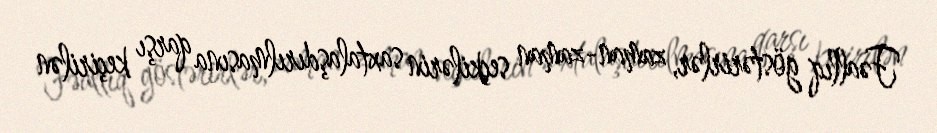
Fəallıq göstərirlər, zaman-zaman seçkilərin saxtalaşdırılmasına qarşı keçirilən